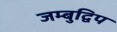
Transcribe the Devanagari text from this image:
जम्बुद्विप